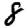
Digit: 8